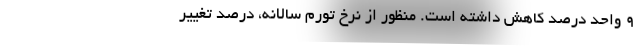
٩ واحد درصد کاهش داشته است. منظور از نرخ تورم سالانه، درصد تغییر